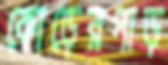
কোড়েরপাড়